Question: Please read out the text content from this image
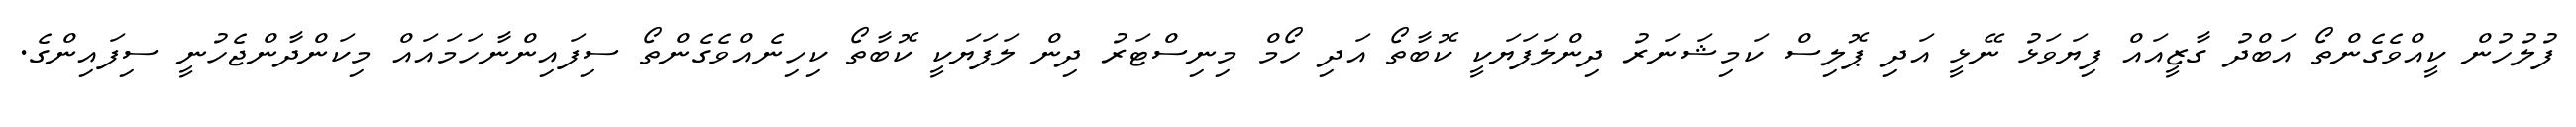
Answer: ފުލުހުން ކީއްވެގެންތޯ އަބްދު ގާޒީއައް ފިޔަވަޅު ނޭޅީ އަދި ޕޮލިސް ކަމިޝަނަރު ދިންލަފަޔަކީ ކޮބާތޯ އަދި ހޯމް މިނިސްޓަރު ދިން ލަފަޔަކީ ކޮބާތޯ ކިހިނެއްވެގެންތޯ ސިފައިންނާހަމައައް މިކަންދާންޖެހުނީ ސިފައިންގެ.